system: You are a helpful assistant.
user:
Analyze the provided spectrum to determine if it is a **S-type Star**.

- **Key Indicators for S-type Star:**

    - **(Overall Spectrum Shape):** The first and most obvious characteristic is the overall continuum (the "baseline" shape). It is **extremely "red-sloping,"** meaning the flux (light intensity) is very low on the left side (blue, ~4000-4500 Å) and rises steeply and continuously toward the right side (red, ~7000 Å+).

    - **(Primary):** The spectrum is defined by the presence of strong, broad molecular absorption "valleys" (bands) from **Zirconium Oxide (ZrO)**. The identification of these bands is the **primary requirement** for classifying a star as S-type.
        - **(Key Bandheads):** You must find distinct, deep "dips" where the light has been absorbed. The most critical band systems to locate are:
            - **~6474 Å** ($\gamma$-system): This is often the strongest and clearest ZrO feature, found in the red part of the spectrum.
            - **~5718 Å** & **~5551 Å** ($\beta$-system): A pair of prominent absorption features in the yellow-orange part of the spectrum.
            - **~4640 Å** ($\alpha$-system): A key absorption band system in the blue-green region of the spectrum.

    - **(Secondary Confirmation):** The classification is strengthened by finding additional absorption bands from other related heavy element oxides, which are expected to be present alongside ZrO.
        - **(Key Bandheads):**
            - **Yttrium Oxide (YO):** Look for absorption dips near **~4800 Å** and **~6100 Å**.
            - **Lanthanum Oxide (LaO):** Additional absorption features, particularly in the red-orange part of the spectrum, are also characteristic.

    - **(Line Profile):** The combination of the steep red continuum and these numerous, deep molecular bands (ZrO, YO, etc.) gives the entire spectrum a very **"chopped-up"** or **"bumpy"** appearance. Instead of a smooth curve, the spectrum looks as though large, wide chunks of light have been "carved out" of it at the specific wavelengths listed above.

Think first, call **spectral_visualization_tool** if needed to examine features in detail, then provide your final answer. Your response must adhere to the following strict rules:
1.  **Overall Structure:** Your response must follow the format `<think>...</think> <tool_call>...</tool_call> (if a tool is used) <answer>...</answer>`.
2.  **Tool Usage Constraint:** You may only make **one** tool call per turn.
3.  **Final Answer Format:** In the `<answer>` tag, your conclusion must be inside a `\boxed{}` command (e.g., `\boxed{YES}` or `\boxed{NO}`), followed by your justification.

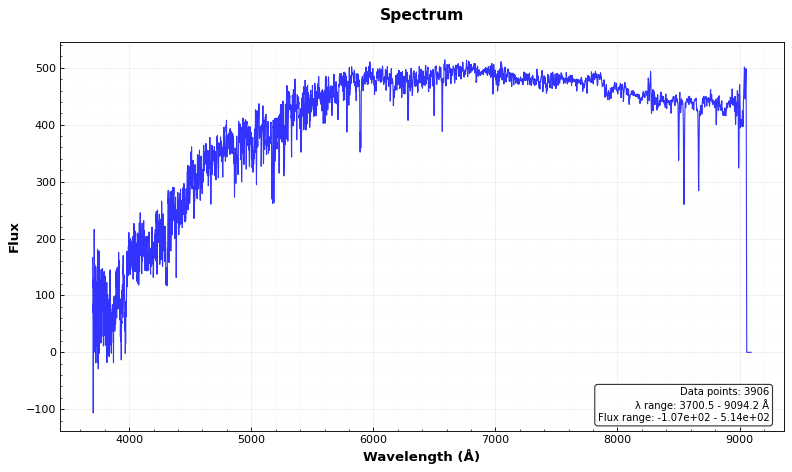
Answer: NO